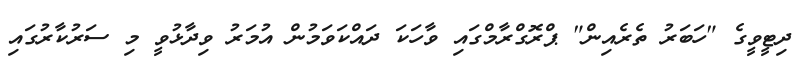
ދިޓީވީގެ "ހަބަރު ތެރެއިން" ޕްރޮގްރާމްގައި ވާހަކަ ދައްކަވަމުން އުމަރު ވިދާޅުވީ މި ސަރުކާރުގައި